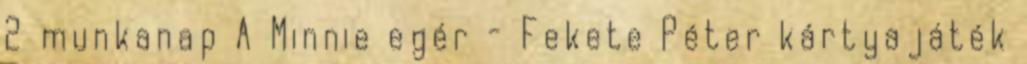
2 munkanap A Minnie egér - Fekete Péter kártyajáték